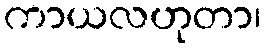
ကာယလဟုတာ၊